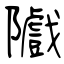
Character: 隵